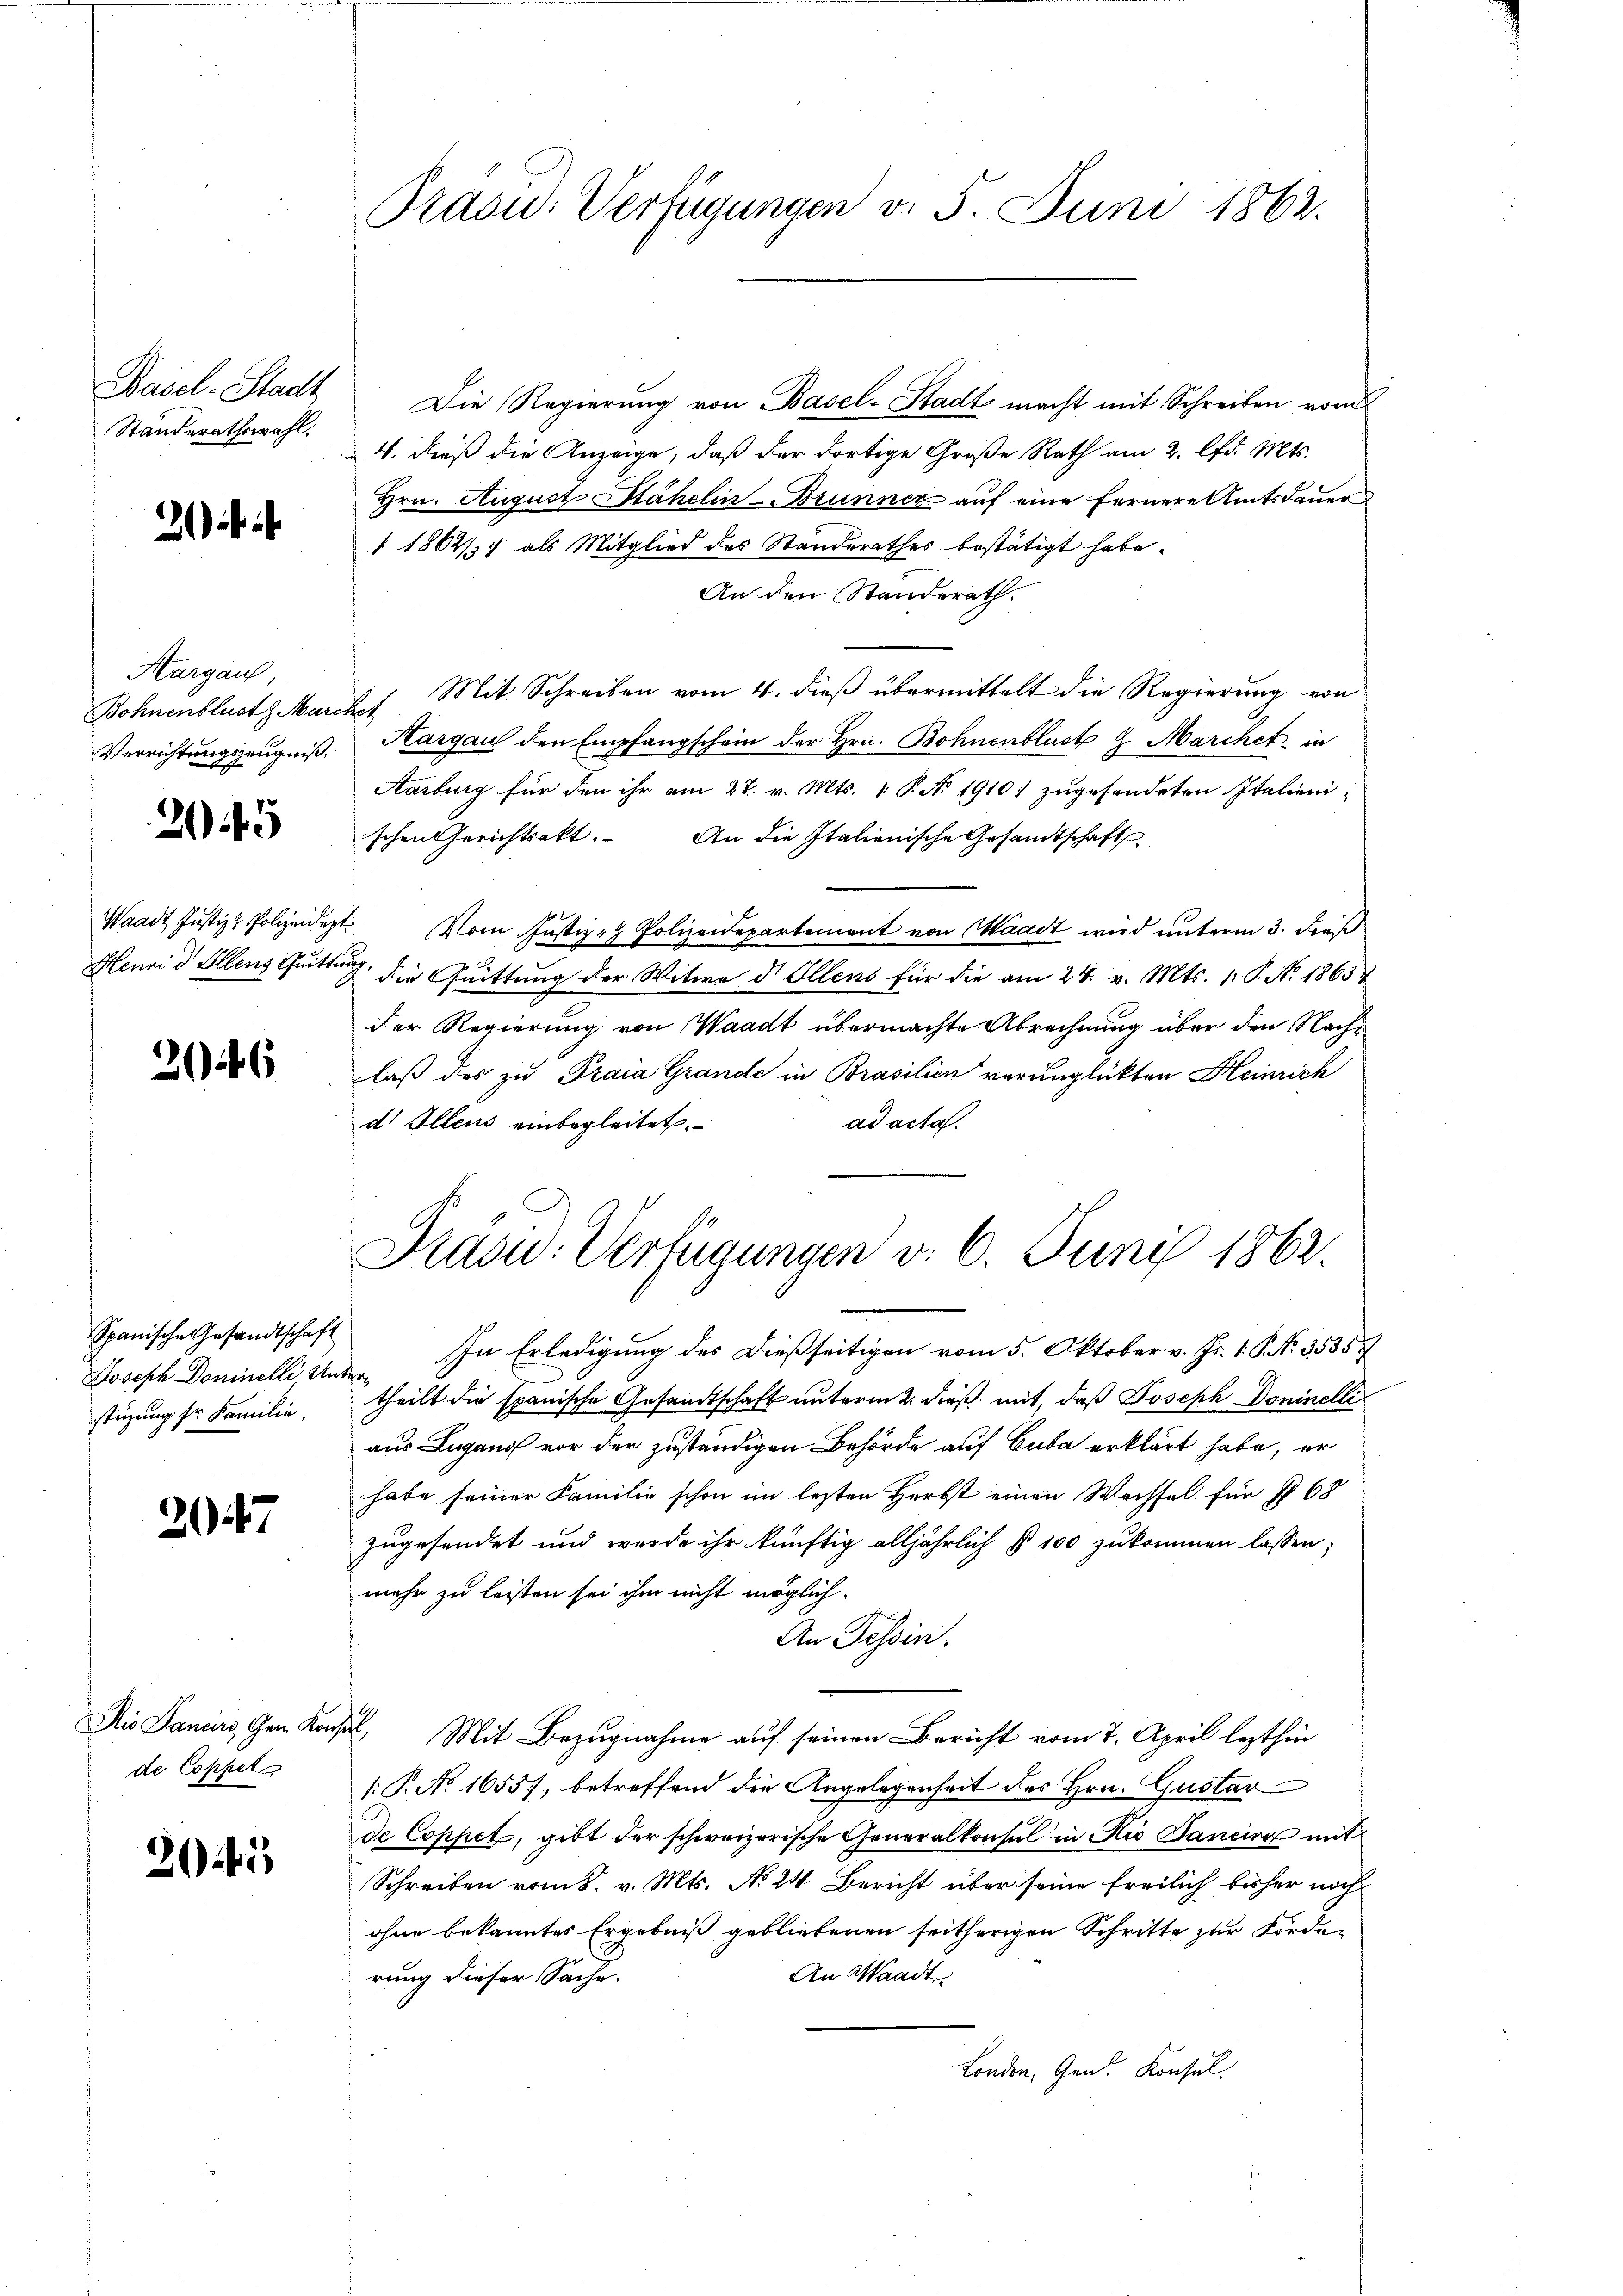
Basel-Stadt
Standerathswahl.

2)

Aargau,
Verrichtungszeugniß.

24

Waadt Justiz & Polizeidege
Henni d. Ellens Quitt

2046

Spanische Gesandtschaft
Joseph Dominelli Unstüzung sr Familie.

2047

Dio Paniers, Gem. Kon
de Coppet

22

Präsid.- Verfügungen v. 5. Juni 1862.

Die Regierung von Basel-Stadt macht mit Schreiben vom
4. dieß die Anzeige, daß der dortige Große Rath am 2. lfd. Mts.
Hrn. August Stähelin-Brunner auf eine fernere Amtsdauer
 1862) als Mitglied des Standerathes bestätigt habe.
An den Standerath.
Bohnenblust Marchet. Mit Schreiben vom 4. dieß übermittelt die Regierung von
Hargau den Empfangschein der Hrn. Bohnenblust 9. Marchet in
Aarburg für den ihr am 28. v. Mts. 1. P. No 1910 zugesendeten Italienischen Gerichtsakt. An die Italienische Gesandtschaft
 Vom Justiz- & Polizeidepartement von Waadt wird unterm 3. dieß
 die Quittung der Witwe d. Ellens für die am 24. v. Mts. 1 P. No. 1865
Der Regierung von Waadt übermachte Abrechnung über den Nachlaß des zu Praia Grande in Brasilien verunglückten Heinrich
ad acta.
d. Allens einbegleitet.
Präsid. Verfügungen v. 6. Juni 1862.
In Erledigung des dießseitigen vom 5. Oktober v. Js. 1. P. Nr. 3535
de
theilt die spanische Gesandtschaft unterm 2. dieß mit, daß Joseph Doninelli
aus Lugano vor der zuständigen Behörde auf Cuba erklärt habe, er
habe seiner Familie schon im lezten Herbst einen Wechsel für § 68
zugesendet und werde ihr künftig alljährlich § 100 zukommen lassen;
mehr zu leisten sei ihm nicht möglich
An Tessin.
2. Mit Bezugnahme auf seinen Bericht vom 7. April lezthin
[: P. No 1655), betreffend die Angelegenheit des Hrn. Gustav
de Coppet, gibt der schweizerische Generalkonsul in Rio-Bancier mit
Schreiben vom 8. v. Mts. No 24 Bericht über seine freilich bisher nochohne bekanntes Ergebniß gebliebenen seitherigen Schritte zur Forden
An Waadt
rung dieser Sache.
London, Gen. Konsul